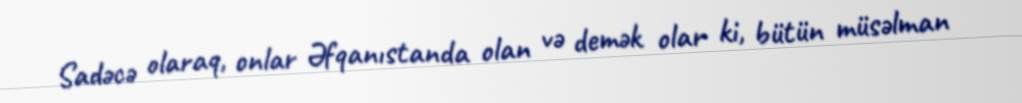
Sadəcə olaraq, onlar Əfqanıstanda olan və demək olar ki, bütün müsəlman